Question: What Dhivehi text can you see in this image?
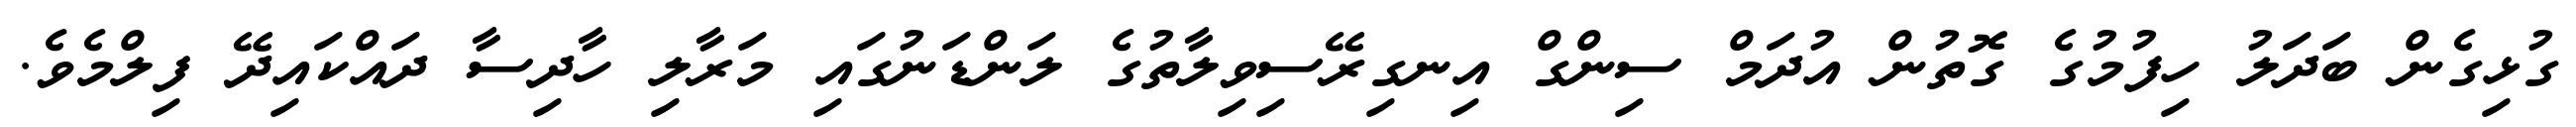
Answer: ގުޅިގެން ބަދަލު ހިފުމުގެ ގޮތުން އުދަމް ސިންގް އިނގިރޭސިވިލާތުގެ ލަންޑަނުގައި މަރާލި ހާދިސާ ދައްކައިދޭ ފިލްމެވެ.